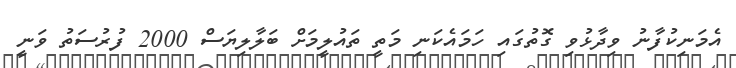
އެމަނިކުފާނު ވިދާޅުވި ގޮތުގައި ހަމައެކަނި މަތީ ތައުލީމަށް ބަލާލިޔަސް 2000 ފުރުސަތު ވަނީ